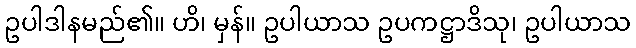
ဥပါဒါနမည်၏။ ဟိ၊ မှန်။ ဥပါယာသ ဥပကဋ္ဌာဒိသု၊ ဥပါယာသ